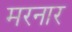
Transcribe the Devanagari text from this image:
मरनार